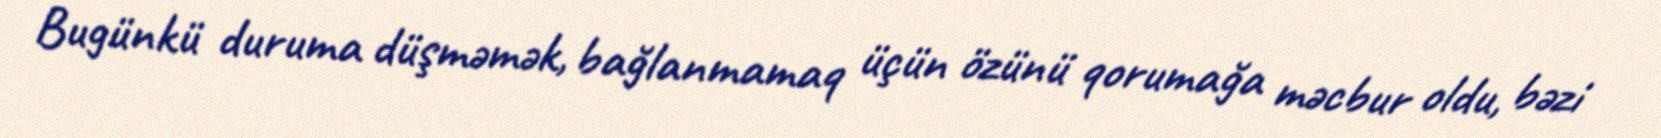
Bugünkü duruma düşməmək, bağlanmamaq üçün özünü qorumağa məcbur oldu, bəzi